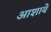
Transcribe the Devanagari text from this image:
आशायें